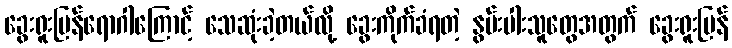
ခွေးရူးပြန်ရောဂါကြောင့် သေဆုံးခဲ့တယ်လို့ ခွေးကိုက်ခံရတဲ့ နွမ်းပါးသူတွေအတွက် ခွေးရူးပြန်